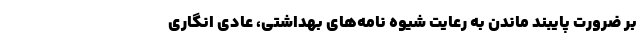
بر ضرورت پایبند ماندن به رعایت شیوه نامه‌های بهداشتی، عادی انگاری